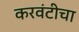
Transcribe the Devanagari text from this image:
करवंटीचा